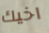
اخيك